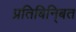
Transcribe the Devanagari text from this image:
प्रतिबिनि्बत